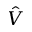
\hat { V }